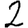
Digit: 2